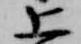
上